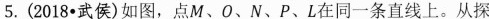
5.（2018·武侯）如图，点M、O、N、P、L在同一条直线上。从探